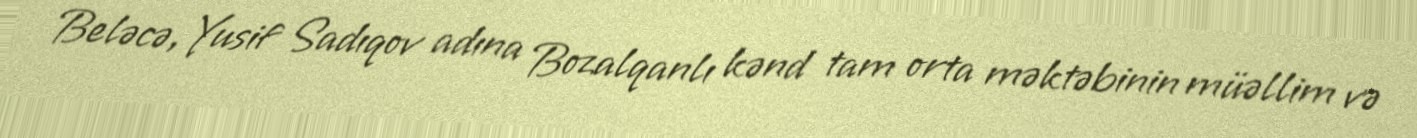
Beləcə, Yusif Sadıqov adına Bozalqanlı kənd tam orta məktəbinin müəllim və